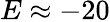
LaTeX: E\approx-20